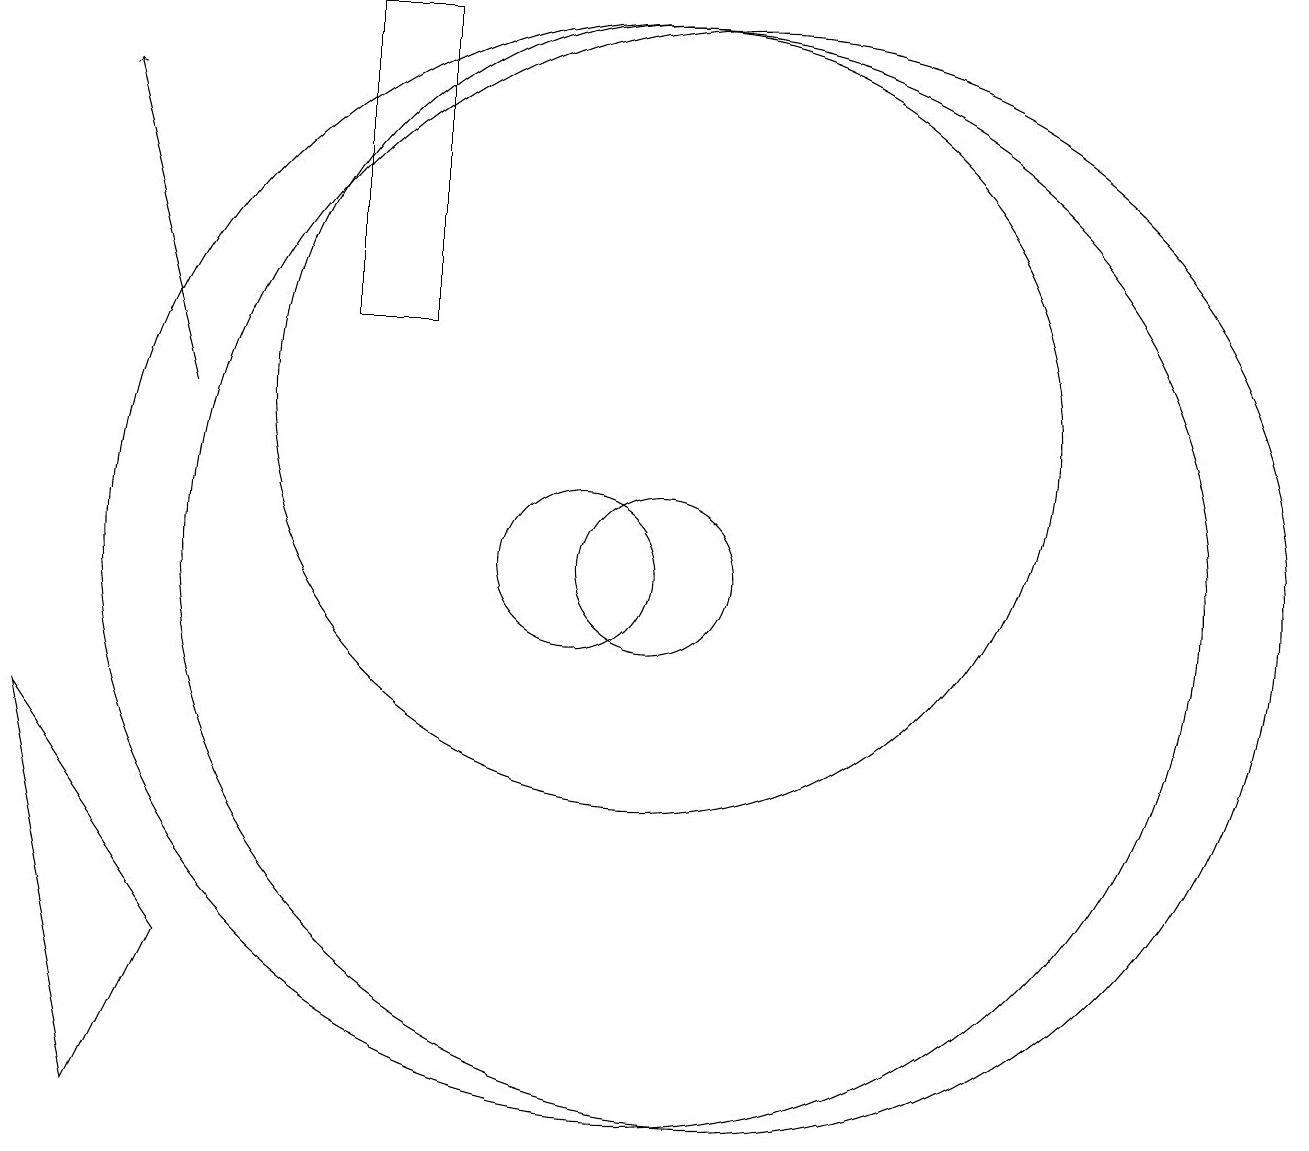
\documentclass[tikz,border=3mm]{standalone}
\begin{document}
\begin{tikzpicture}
\draw (12,10) circle (7);
\draw (8,13) rectangle (7,17);
\draw (10,10) circle (1);
\draw (11,12) circle (5);
\draw (11,10) circle (1);
\draw[->] (5,12) -- (4,16);
\draw (3,8) -- (4,3) -- (5,5) -- cycle;
\draw (11,10) circle (7);
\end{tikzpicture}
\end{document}